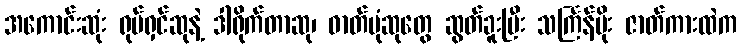
အကောင်းဆုံး ရုပ်ရှင်ဆုနဲ့ ဒါရိုက်တာဆု၊ ဓာတ်ပုံဆုတွေ ဆွတ်ခူးပြီး သင်္ကြန်မိုး ဇာတ်ကားထဲက